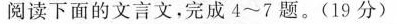
阅读下面的文言文，完成4~7题、(19分)